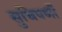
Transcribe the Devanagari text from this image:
सुचिपर्णी